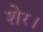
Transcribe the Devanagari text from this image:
शेर।